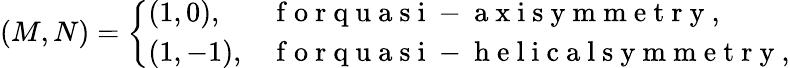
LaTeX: (M,N)=\left\{ \begin{array}{ll}{(1,0),}&{\mathrm{~f~o~r~q~u~a~s~i~-~a~x~i~s~y~m~m~e~t~r~y~},}\\ {(1,-1),}&{\mathrm{~f~o~r~q~u~a~s~i~-~h~e~l~i~c~a~l~s~y~m~m~e~t~r~y~},}\end{array}\right.